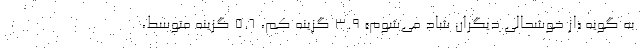
به گویه «از خوشحالی دیگران شاد می‌شوم» ۳.۹ گزینه کم، ۵.۶ گزینه متوسط،